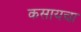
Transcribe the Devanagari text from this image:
कसायचा